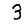
Digit: 3